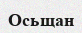
Осьщан